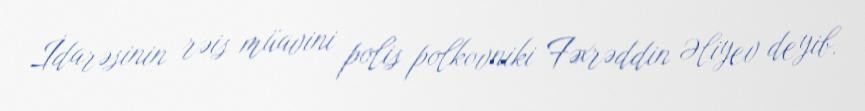
İdarəsinin rəis müavini polis polkovniki Fəxrəddin Əliyev deyib.